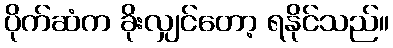
ပိုက်ဆံက ခိုးလျှင်တော့ ရနိုင်သည်။